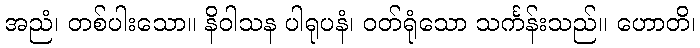
အညံ၊ တစ်ပါးသော။ နိဝါသန ပါရုပနံ၊ ဝတ်ရုံသော သင်္ကန်းသည်။ ဟောတိ၊